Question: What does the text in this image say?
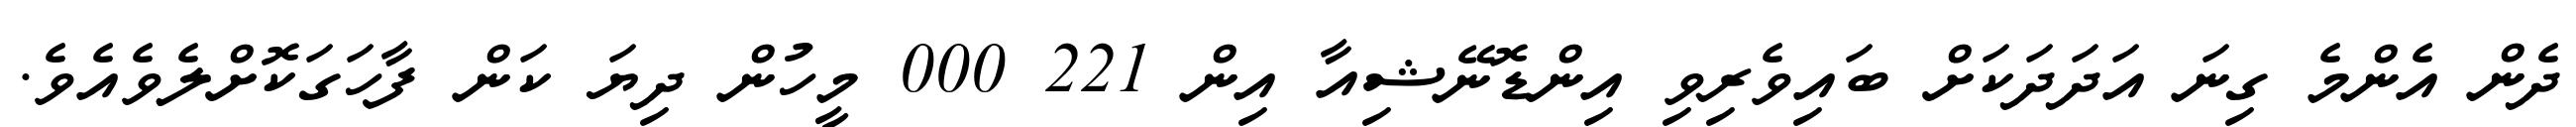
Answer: ދެން އެންމެ ގިނަ އަދަދަކަށް ބައިވެރިވި އިންޑޮނޭޝިއާ އިން 221 000 މީހުން ދިޔަ ކަން ފާހަގަކޮށްލެވެއެވެ.